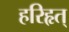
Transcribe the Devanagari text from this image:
हरिहृत्